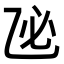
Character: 𢖮